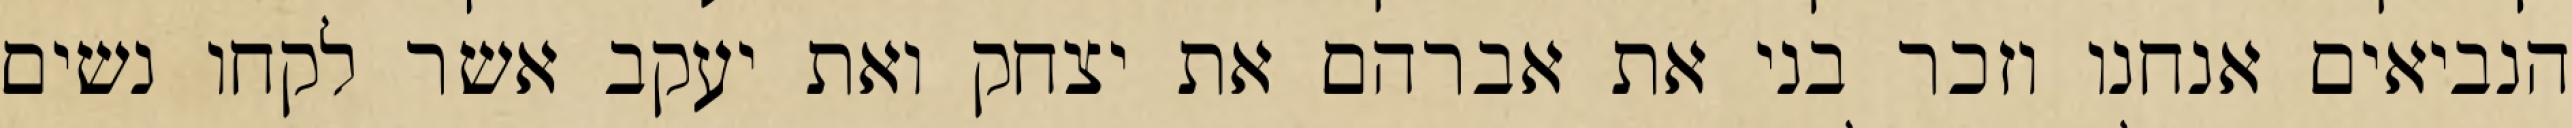
הנביאים אנחנו וזכר בני את אברהם את יצחק ואת יעקב אשר לקחו נשים